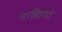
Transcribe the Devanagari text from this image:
नाज्रियो